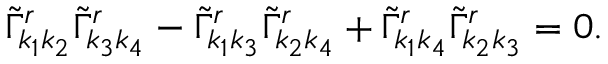
\begin{array} { r } { \tilde { \Gamma } _ { k _ { 1 } k _ { 2 } } ^ { r } \tilde { \Gamma } _ { k _ { 3 } k _ { 4 } } ^ { r } - \tilde { \Gamma } _ { k _ { 1 } k _ { 3 } } ^ { r } \tilde { \Gamma } _ { k _ { 2 } k _ { 4 } } ^ { r } + \tilde { \Gamma } _ { k _ { 1 } k _ { 4 } } ^ { r } \tilde { \Gamma } _ { k _ { 2 } k _ { 3 } } ^ { r } = 0 . } \end{array}